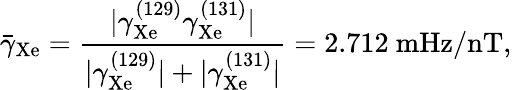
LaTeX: \bar{\gamma}_{\mathrm{Xe}}=\frac{\vert\gamma_{\mathrm{{Xe}}}^{(129)}\gamma_{\mathrm{Xe}}^{(131)}\vert}{\vert\gamma_{\mathrm{Xe}}^{(129)}\vert+\vert\gamma_{\mathrm{Xe}}^{(131)}\vert}=2.712~\mathrm{mHz/nT},